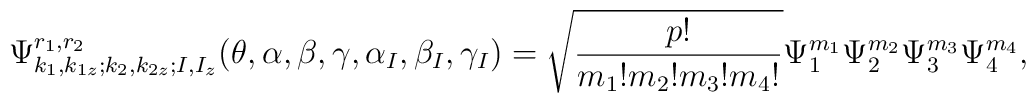
\Psi^{r_1, r_2}_{k_1, k_{1 z}; k_2, k_{2 z}; I, I_z}(\theta,\alpha, \beta, \gamma, \alpha_I, \beta_I, \gamma_I) = \sqrt{\frac{p !}{m_1 ! m_2 ! m_3 ! m_4 !}} \Psi_1^{m_1} \Psi_2^{m_2}\Psi_3^{m_3} \Psi_4^{m_4},